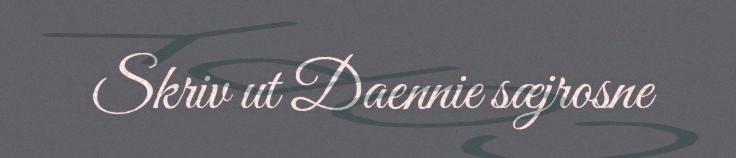
Skriv ut Daennie sæjrosne